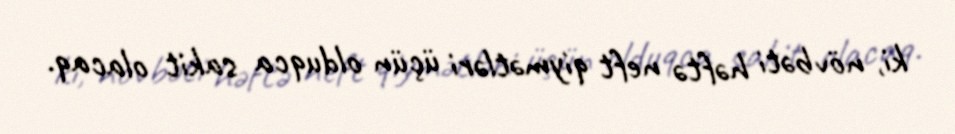
ki, növbəti həftə neft qiymətləri üçün olduqca sakit olacaq.